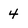
Character: 4